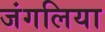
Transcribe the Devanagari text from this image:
जंगलिया